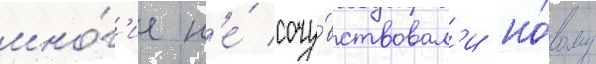
мно́г'ие н'е́ сочу́вствовал'и но́вому